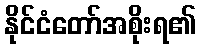
နိုင်ငံတော်အစိုးရ၏